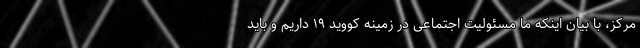
مرکز، با بیان اینکه ما مسئولیت اجتماعی در زمینه کووید ۱۹ داریم و باید